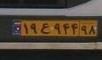
۱۹ع۹۴۴۹۸